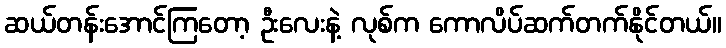
ဆယ်တန်းအောင်ကြတော့ ဦးလေးနဲ့ လုစ်က ကောလိပ်ဆက်တက်နိုင်တယ်။